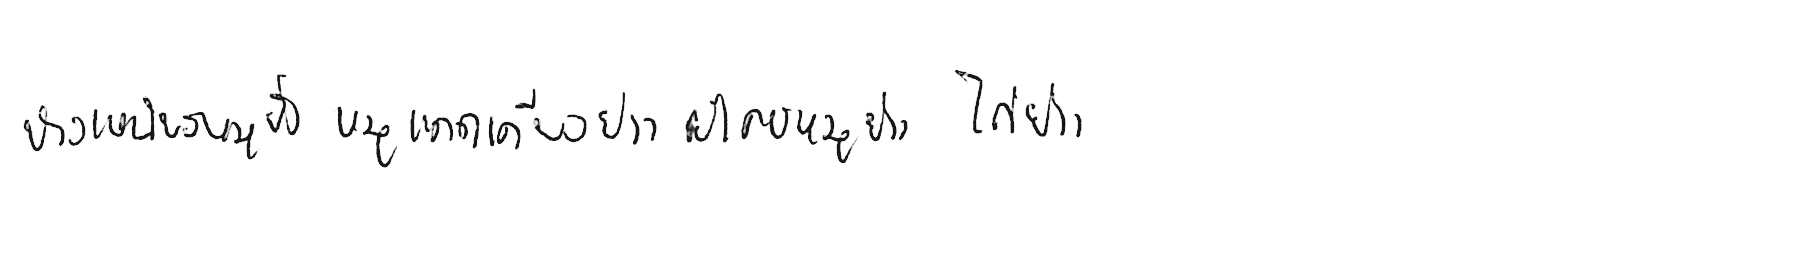
ข้าวเหนียวหมูปิ้ง หมูแดดเดียวย่าง ยำคอหมูย่าง ไก่ย่าง